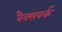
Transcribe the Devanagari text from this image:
वैक्सवर्क